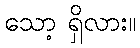
သော့ ရှိလား။